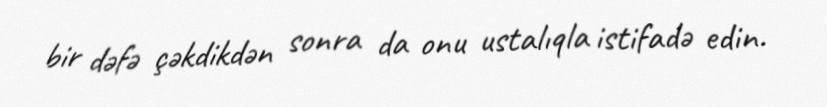
bir dəfə çəkdikdən sonra da onu ustalıqla istifadə edin.